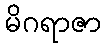
မိဂရာဇာ